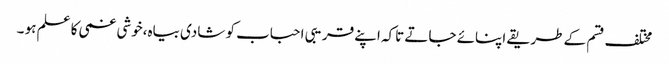
مختلف قسم کے طریقے اپنائے جاتے تاکہ اپنے قریبی احباب کو شادی بیاہ،خوشی غمی کا علم ہو ۔